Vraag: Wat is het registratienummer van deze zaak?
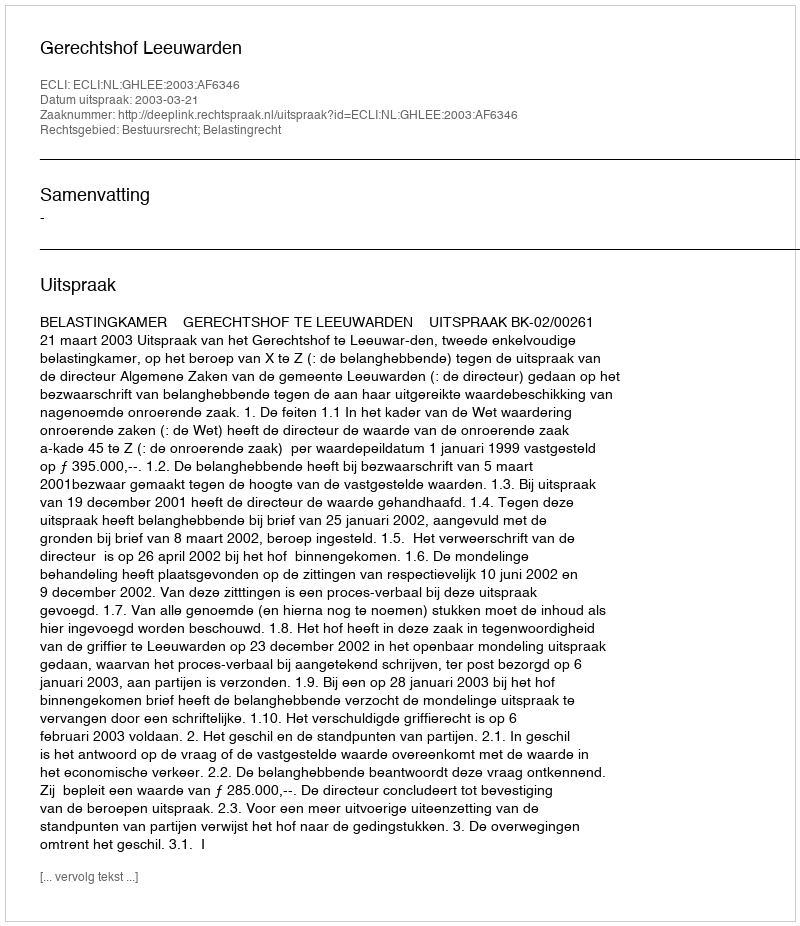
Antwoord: http://deeplink.rechtspraak.nl/uitspraak?id=ECLI:NL:GHLEE:2003:AF6346